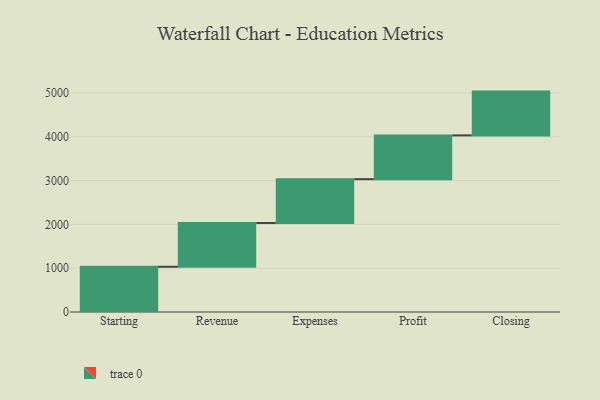
{"axis": {"x": "Step", "y": "Value"}, "legend": [""], "data": [{"x": "Starting", "y": 1033.0, "type": ""}, {"x": "Revenue", "y": 1000, "type": ""}, {"x": "Expenses", "y": 1000, "type": ""}, {"x": "Profit", "y": 1000, "type": ""}, {"x": "Closing", "y": 1000, "type": ""}]}